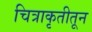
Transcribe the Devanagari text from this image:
चित्राकृतीतून